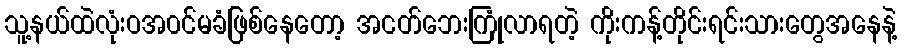
သူ့နယ်ထဲလုံးဝအ၀င်မခံဖြစ်နေတော့ အငတ်ဘေးကြုံလာရတဲ့ ကိုးကန့်တိုင်းရင်းသားတွေအနေနဲ့